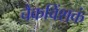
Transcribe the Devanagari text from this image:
चैकविंशकं